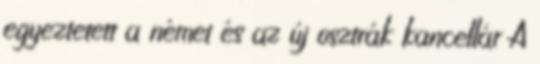
egyeztetett a német és az új osztrák kancellár A